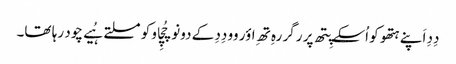
دِدِ اَپنے ہتھو کو اُسکے پِتھ پر رگر رہِ تھِ اؤر وو دِدِ کے دونو چُچِاو کو مسلتے ہُیے چود رہا تھا۔